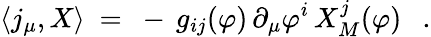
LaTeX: \langle j_{\mu},X\rangle~=~-\, g_{ij}(\varphi)\, \partial_{\mu}\varphi^{i}\, X_{M}^{j}(\varphi)~~~.